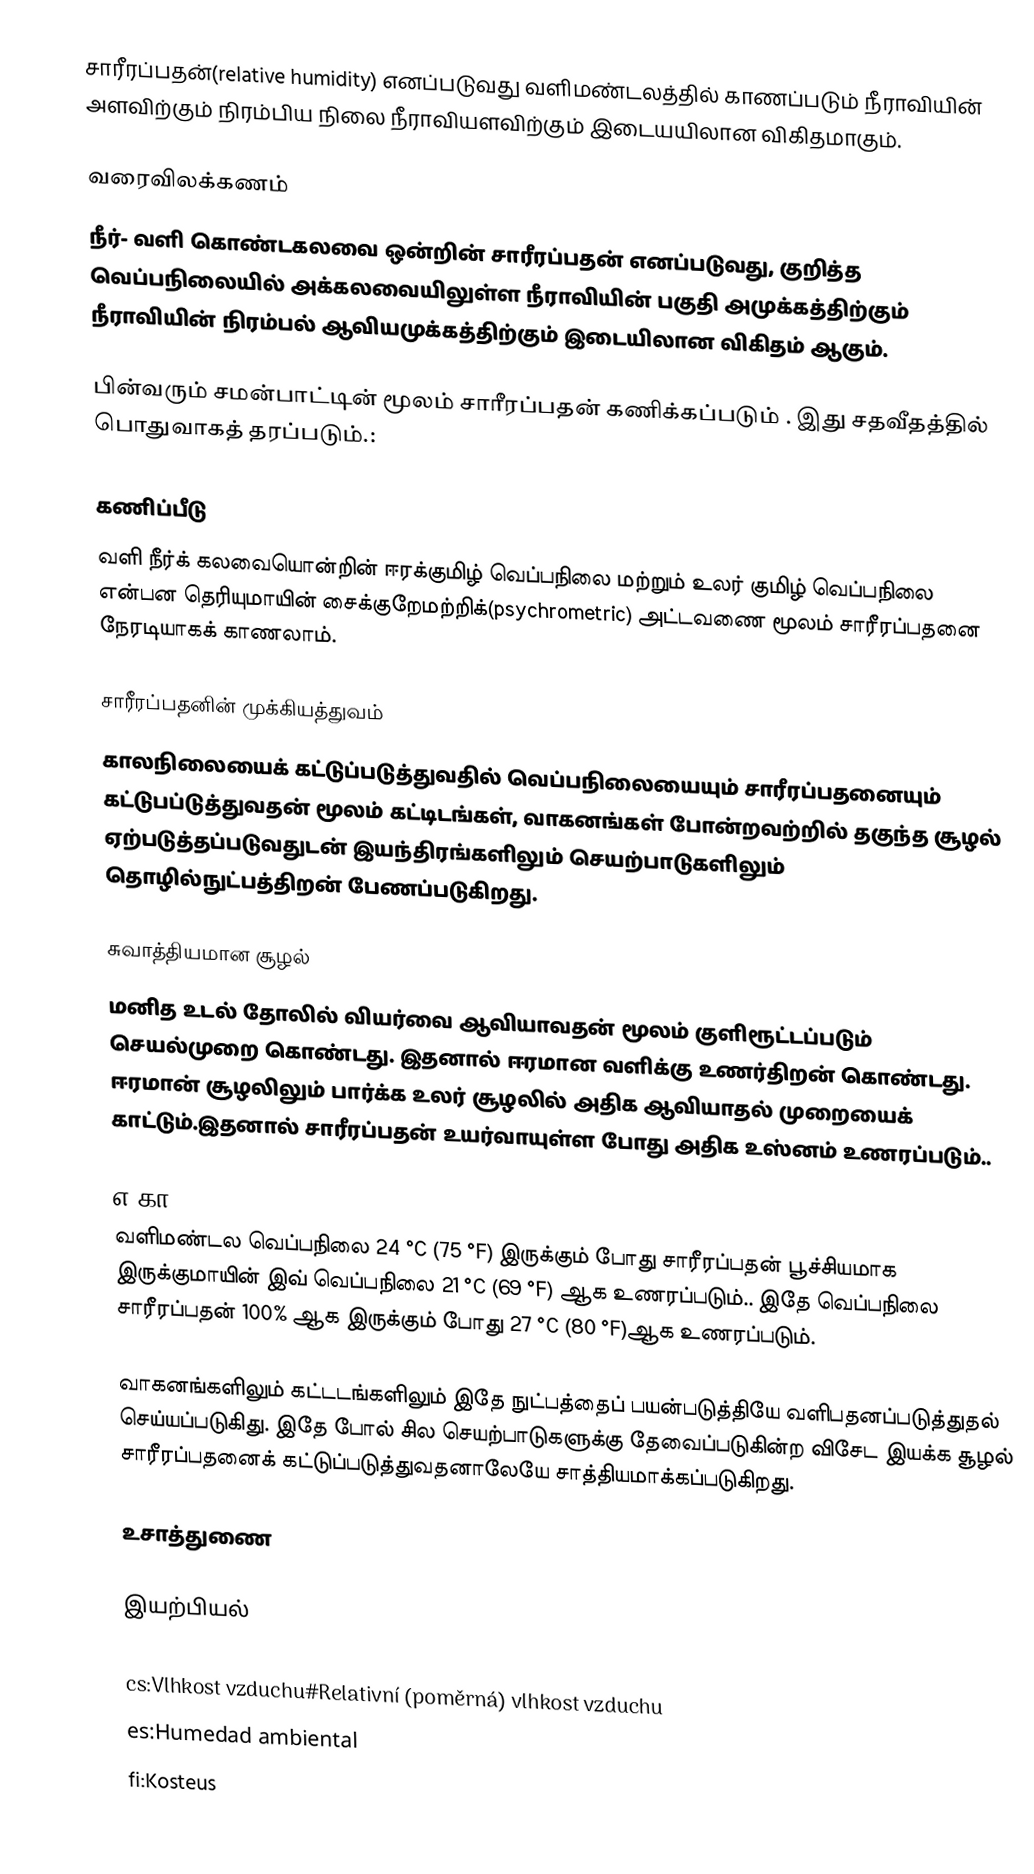
சாரீரப்பதன்(relative humidity) எனப்படுவது வளிமண்டலத்தில் காணப்படும் நீராவியின் அளவிற்கும்  நிரம்பிய நிலை நீராவியளவிற்கும் இடையயிலான விகிதமாகும்.

வரைவிலக்கணம்
நீர்- வளி கொண்டகலவை ஒன்றின் சாரீரப்பதன் எனப்படுவது, குறித்த வெப்பநிலையில்  அக்கலவையிலுள்ள    நீராவியின் பகுதி அமுக்கத்திற்கும்  நீராவியின் நிரம்பல் ஆவியமுக்கத்திற்கும் இடையிலான விகிதம் ஆகும்.

பின்வரும் சமன்பாட்டின் மூலம் சாரீரப்பதன் கணிக்கப்படும் . இது சதவீதத்தில் பொதுவாகத் தரப்படும்.:

கணிப்பீடு
வளி நீர்க் கலவையொன்றின் ஈரக்குமிழ் வெப்பநிலை மற்றும் உலர் குமிழ் வெப்பநிலை என்பன தெரியுமாயின் சைக்குறேமற்றிக்(psychrometric) அட்டவணை மூலம் சாரீரப்பதனை நேரடியாகக் காணலாம்.

சாரீரப்பதனின் முக்கியத்துவம்
 காலநிலையைக் கட்டுப்படுத்துவதில் வெப்பநிலையையும் சாரீரப்பதனையும் கட்டுபப்டுத்துவதன் மூலம் கட்டிடங்கள், வாகனங்கள் போன்றவற்றில்  தகுந்த சூழல் ஏற்படுத்தப்படுவதுடன்   இயந்திரங்களிலும் செயற்பாடுகளிலும் தொழில்நுட்பத்திறன் பேணப்படுகிறது.

சுவாத்தியமான சூழல்
மனித உடல் தோலில் வியர்வை ஆவியாவதன் மூலம் குளிரூட்டப்படும் செயல்முறை கொண்டது. இதனால்  ஈரமான வளிக்கு உணர்திறன் கொண்டது. ஈரமான் சூழலிலும் பார்க்க உலர் சூழலில் அதிக ஆவியாதல் முறையைக் காட்டும்.இதனால் சாரீரப்பதன் உயர்வாயுள்ள போது அதிக உஸ்னம் உணரப்படும்..

எ.கா:
வளிமண்டல வெப்பநிலை 24 °C (75 °F) இருக்கும் போது சாரீரப்பதன் பூச்சியமாக இருக்குமாயின் இவ் வெப்பநிலை 21 °C (69 °F) ஆக உணரப்படும்.. இதே வெப்பநிலை சாரீரப்பதன் 100% ஆக இருக்கும் போது 27 °C (80 °F)ஆக உணரப்படும்.

வாகனங்களிலும் கட்டடங்களிலும் இதே நுட்பத்தைப் பயன்படுத்தியே வளிபதனப்படுத்துதல் செய்யப்படுகிது. இதே போல் சில செயற்பாடுகளுக்கு தேவைப்படுகின்ற விசேட  இயக்க  சூழல் சாரீரப்பதனைக் கட்டுப்படுத்துவதனாலேயே சாத்தியமாக்கப்படுகிறது.

உசாத்துணை

இயற்பியல்

cs:Vlhkost vzduchu#Relativní (poměrná) vlhkost vzduchu
es:Humedad ambiental
fi:Kosteus